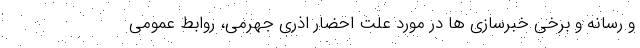
و رسانه و برخی خبرسازی ها در مورد علت احضار اذری جهرمی، روابط عمومی